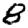
Digit: 8